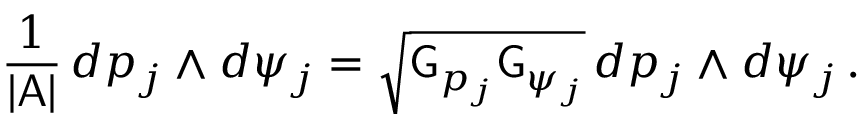
\frac { 1 } { | \mathsf { A } | } \, d p _ { j } \wedge d \psi _ { j } = \sqrt { \mathsf { G } _ { p _ { j } } \mathsf { G } _ { \psi _ { j } } } \, d p _ { j } \wedge d \psi _ { j } \, .